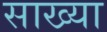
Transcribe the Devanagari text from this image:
साख्या